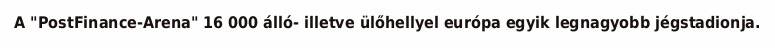
A "PostFinance-Arena" 16 000 álló- illetve ülőhellyel európa egyik legnagyobb jégstadionja.